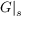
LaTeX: G \vert _ { s }